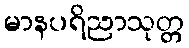
မာနပရိညာသုတ္တ